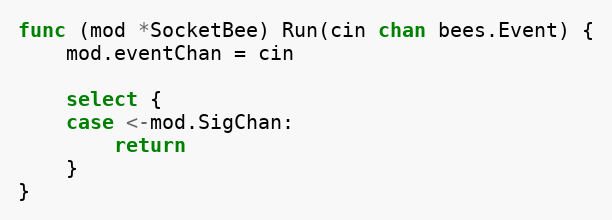
Language: Go
func (mod *SocketBee) Run(cin chan bees.Event) {
	mod.eventChan = cin

	select {
	case <-mod.SigChan:
		return
	}
}